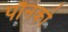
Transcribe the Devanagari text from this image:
पौनको